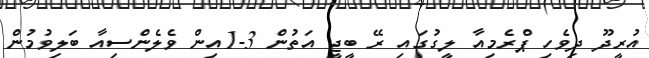
އުރީދޫ ދިވެހި ޕްރެމިއާ ލީގުގައި ރޭ ބީޖީ އަތުން 3-1އިން ވެލެންސިއާ ބަލިވުމުން